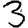
Digit: 3